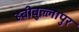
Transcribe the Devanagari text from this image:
हबीबुल्लापुर